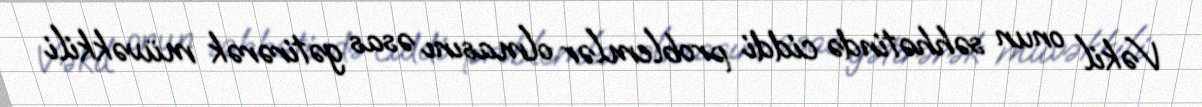
Vəkil onun səhhətində ciddi problemlər olmasını əsas gətirərək müvəkkili